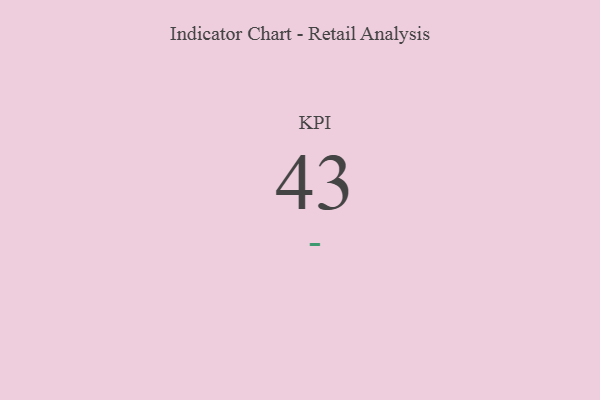
{"axis": {"x": "KPI", "y": "Value"}, "legend": [""], "data": [{"x": "KPI", "y": 43, "type": ""}]}